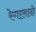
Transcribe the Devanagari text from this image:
रेगालादो